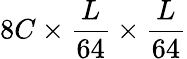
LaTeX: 8C\times\frac{L}{64}\times\frac{L}{64}